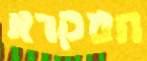
המקרא